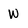
Character: w